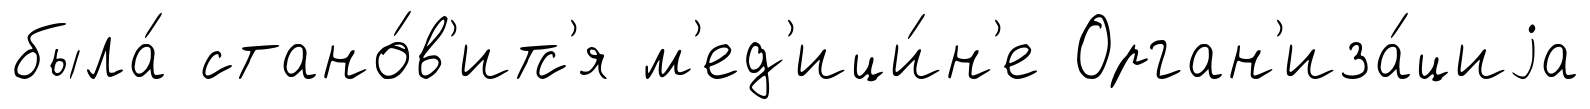
была́ стано́в'итс'я м'ед'ици́н'е Орган'иза́циjа